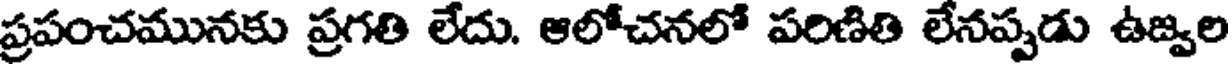
ప్రపంచమునకు ప్రగతి లేదు. ఆలోచనలో పరిణితి లేనప్పడు ఉజ్వల